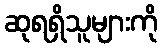
ဆုရရှိသူများကို